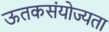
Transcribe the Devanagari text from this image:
ऊतकसंयोज्यता